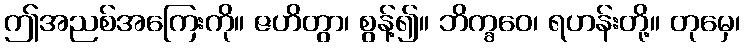
ဤအညစ်အကြေးကို။ ဇဟိတွာ၊ စွန့်၍။ ဘိက္ခဝေ၊ ရဟန်းတို့။ တုမှေ၊